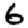
Digit: 6